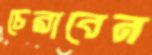
চেরাবেন